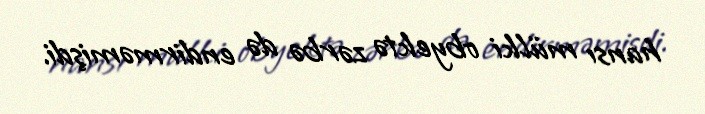
hansı mülki obyektə zərbə də endirməmişdi.